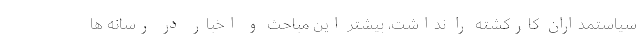
سیاستمداران کارکشته را نداشت، بیشتر این مباحث و اخبار در رسانه ها